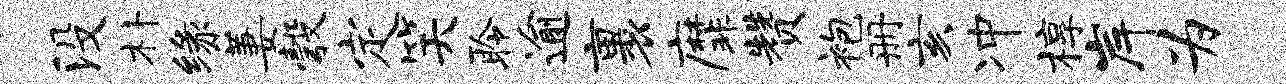
没朴缘萋彀定笑聆逾裹縻赞袍册亥冲椁岸为